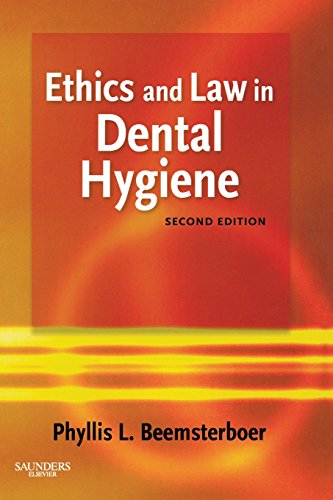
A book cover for Ethics and Law in Dental Hygiene, 2e; Phyllis L. Beemsterboer RDH  MS  EdD; Medical Books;